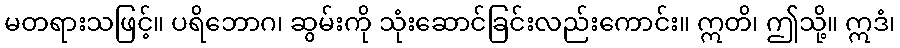
မတရားသဖြင့်။ ပရိဘောဂ၊ ဆွမ်းကို သုံးဆောင်ခြင်းလည်းကောင်း။ ဣတိ၊ ဤသို့။ ဣဒံ၊